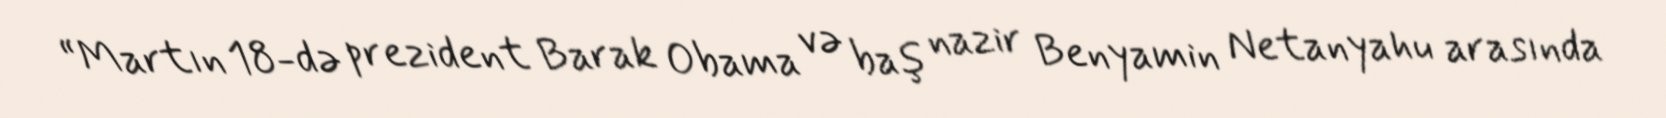
“Martın 18-də prezident Barak Obama və baş nazir Benyamin Netanyahu arasında